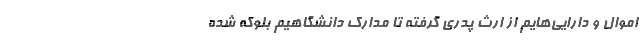
اموال و دارایی‌هایم از ارث پدری گرفته تا مدارک دانشگاهیم بلوکه شده